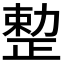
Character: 𠢦